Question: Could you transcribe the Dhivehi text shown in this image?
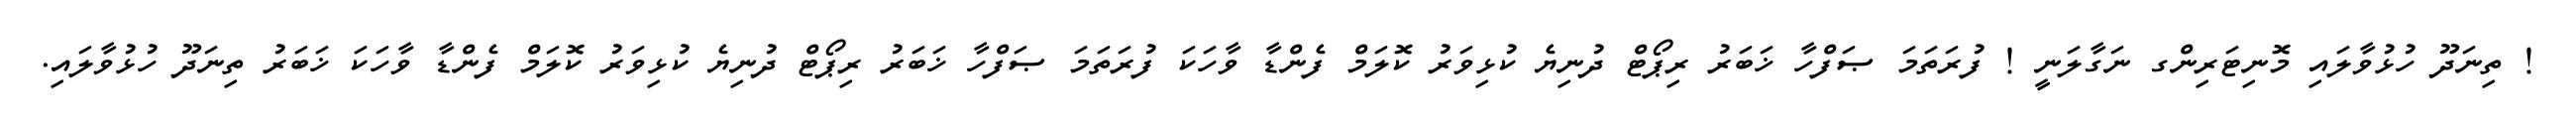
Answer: ! ތިނަދޫ ހުޅުވާލައި މޮނިޓަރިންގ ނަގާލަނީ ! ފުރަތަމަ ޞަފްހާ ޚަބަރު ރިޕޯޓް ދުނިޔެ ކުޅިވަރު ކޮލަމް ފެންޑާ ވާހަކަ ފުރަތަމަ ޞަފްހާ ޚަބަރު ރިޕޯޓް ދުނިޔެ ކުޅިވަރު ކޮލަމް ފެންޑާ ވާހަކަ ޚަބަރު ތިނަދޫ ހުޅުވާލައި.